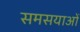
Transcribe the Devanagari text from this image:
समसयाओं